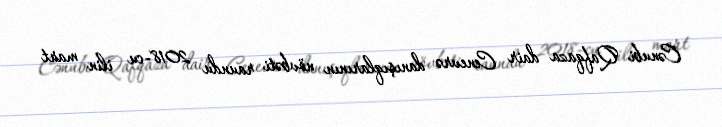
Cənubi Qafqaza dair Cenevrə danışıqlarının növbəti raundu 2018-cu ilin mart